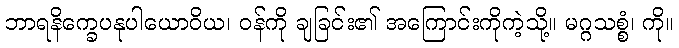
ဘာရနိက္ခေပနုပါယောဝိယ၊ ဝန်ကို ချခြင်း၏ အကြောင်းကိုကဲ့သို့။ မဂ္ဂသစ္စံ၊ ကို။